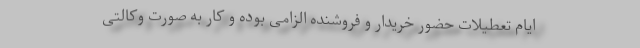
ایام تعطیلات حضور خریدار و فروشنده الزامی بوده و کار به صورت وکالتی